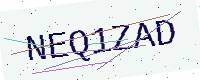
Text: NEQ1ZAD